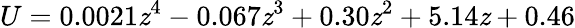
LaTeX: U=0.0021\mathit{z}^{4}-0.067\mathit{z}^{3}+0.30\mathit{z}^{2}+5.14\mathit{z}+0.46